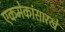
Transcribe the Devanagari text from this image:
एकमेकांसारखे